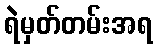
ရဲမှတ်တမ်းအရ